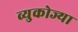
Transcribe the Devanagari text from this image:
व्युकोज्या